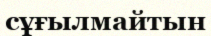
сұғылмайтын